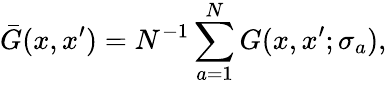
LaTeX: \bar{G}(x,x^{\prime})=N^{-1}\sum_{a=1}^{N}G(x,x^{\prime};\sigma_{a}),